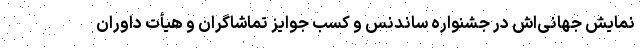
نمایش جهانی‌اش در جشنواره ساندنس و کسب جوایز تماشاگران و هیأت داوران